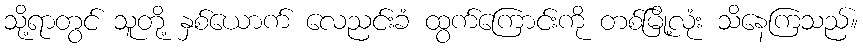
သို့ရာတွင် သူတို့ နှစ်ယောက် လေညင်းခံ ထွက်ကြောင်းကို တစ်မြို့လုံး သိနေကြသည်။